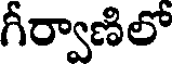
గీర్వాణిలో